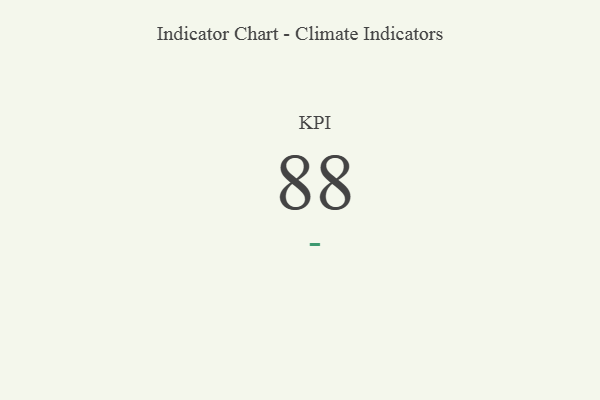
{"axis": {"x": "KPI", "y": "Value"}, "legend": [""], "data": [{"x": "KPI", "y": 88, "type": ""}]}